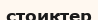
стоиктер